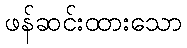
ဖန်ဆင်းထားသော